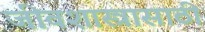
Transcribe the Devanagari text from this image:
जीवशास्त्रासाठी